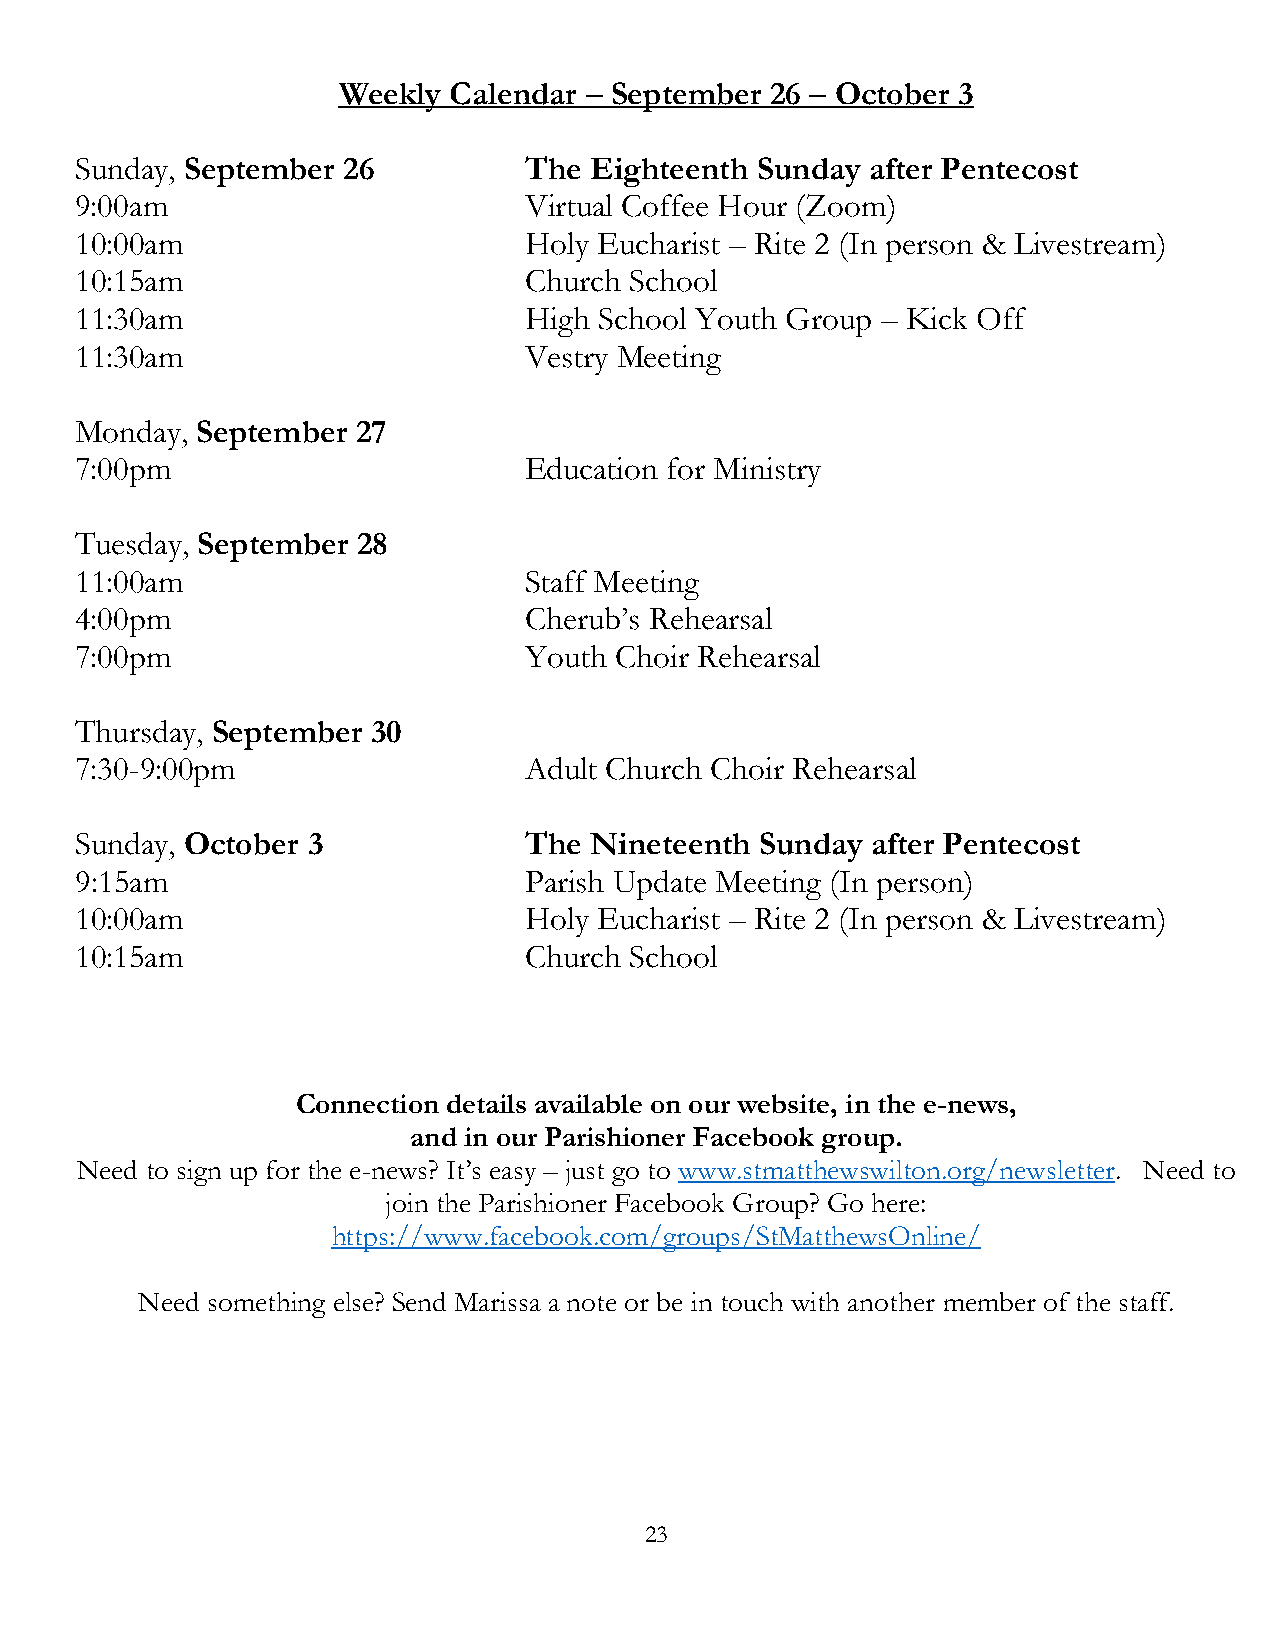
Weekly  Calendar – September 26 – October 3
 Sunday, September 26          The Eighteenth Sunday  after Pentecost
 9:00am                        Virtual Coffee Hour (Zoom)
 10:00am                       Holy Eucharist – Rite 2 (In person & Livestream)
 10:15am                       Church School
 11:30am                       High School Youth Group – Kick Off
 11:30am                       Vestry Meeting
 Monday, September  27
 7:00pm                        Education for Ministry
 Tuesday, September 28
 11:00am                       Staff Meeting
 4:00pm                        Cherub’s Rehearsal
 7:00pm                        Youth Choir Rehearsal
 Thursday, September 30
 7:30-9:00pm                   Adult Church Choir Rehearsal
 Sunday, October 3             The Nineteenth Sunday  after Pentecost
 9:15am                        Parish Update Meeting (In person)
 10:00am                       Holy Eucharist – Rite 2 (In person & Livestream)
 10:15am                       Church School
 Connection details available on our website, in the e-news,
 and in our Parishioner Facebook group.
 Need to sign up for the e-news? It’s easy – just go to www.stmatthewswilton.org/newsletter. Need to
 join the Parishioner Facebook Group? Go here:
 https://www.facebook.com/groups/StMatthewsOnline/
 Need something else? Send Marissa a note or be in touch with another member of the staff.
 23